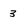
Character: 3